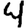
Digit: 4